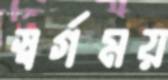
স্বর্গময়